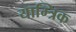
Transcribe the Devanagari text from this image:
याम्त्रिक